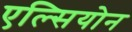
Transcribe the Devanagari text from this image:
एल्सियोन